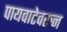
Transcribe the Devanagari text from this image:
पायवाटेवरुन